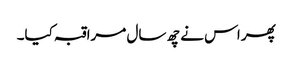
پھر اس نے چھ سال مراقبہ کیا۔